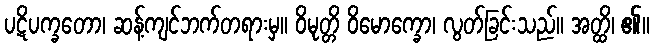
ပဋိပက္ခတော၊ ဆန့်ကျင်ဘက်တရားမှ။ ဝိမုတ္တိ ဝိမောက္ခော၊ လွတ်ခြင်းသည်။ အတ္ထိ၊ ၏။